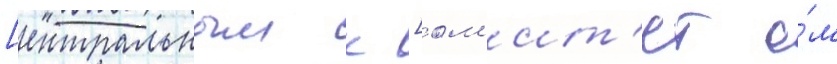
[ентральным к [ом'ит'ет о́м